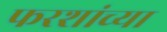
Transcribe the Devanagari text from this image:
फरशांच्या